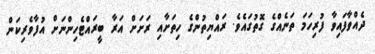
ދެއްވާފައިވާ ފުރިހަމަ ތަނެއްގެ ގޮތުގައެވެ. ރައްޔިތުންގެ ހިތަށާއި ރަށަށް އަރާ ބީރައްޓެހިންނަށް އުފާވެރިކަން